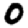
Digit: 0